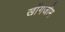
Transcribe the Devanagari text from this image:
खोंगजोम